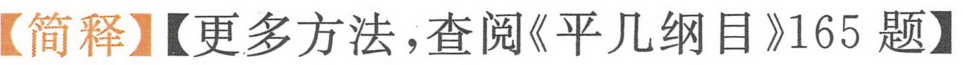
【简释】【更多方法，查阅《平几纲目》165 题】